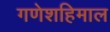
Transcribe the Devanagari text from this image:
गणेशहिमाल